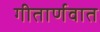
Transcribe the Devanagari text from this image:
गीतार्णवात